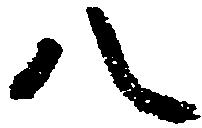
八